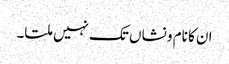
ان کا نام و نشاں تک نہیں ملتا۔